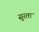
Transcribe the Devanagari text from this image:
सुरता